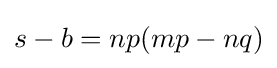
s-b=np(mp-nq)